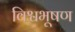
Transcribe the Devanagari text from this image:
विश्वभूषण